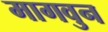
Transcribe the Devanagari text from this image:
मागवुन